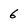
Character: 6